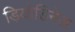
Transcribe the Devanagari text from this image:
ड़ियोडिनेज